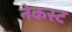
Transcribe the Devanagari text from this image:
नेकस्ट